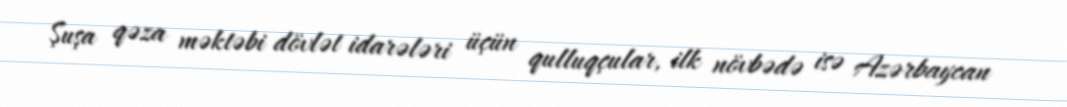
Şuşa qəza məktəbi dövlət idarələri üçün qulluqçular, ilk növbədə isə Azərbaycan